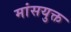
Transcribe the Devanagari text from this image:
मांसयुक्त